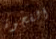
الفجوة